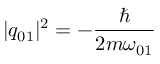
| q _ { 0 1 } | ^ { 2 } = - \frac { \hbar } { 2 m \omega _ { 0 1 } }